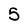
Character: 5